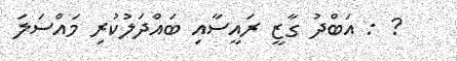
? : އަބްދު ގާޒީ ރައީސާއި ބައްދަލުކުރި މައްސަލަ